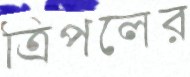
ত্রিপলের